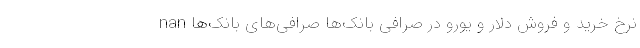
nan نرخ خرید و فروش دلار و یورو در صرافی بانک‌ها صرافی‌های بانک‌ها